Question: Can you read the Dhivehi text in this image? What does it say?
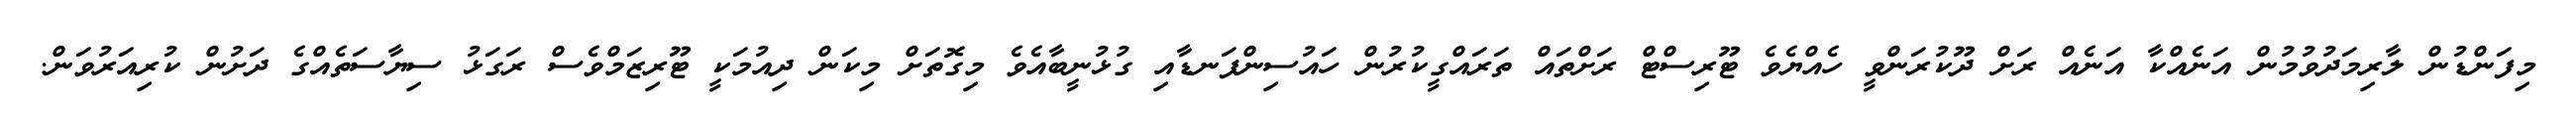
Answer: މިފަންޑުން ލާރިމަދުވުމުން އަނެއްކާ އަނެއް ރަށް ދޫކުރަންވީ ހެއްޔެވެ ޓޫރިސްޓް ރަށްތައް ތަރައްގީކުރުން ހައުސިންފަނޑާއި ގުޅުނީބާއެވެ މިގޮތަށް މިކަން ދިއުމަކީ ޓޫރިޒަމްވެސް ރަގަޅު ސިޔާސަތެއްގެ ދަށުން ކުރިއަރުވަން.